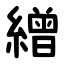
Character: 繒